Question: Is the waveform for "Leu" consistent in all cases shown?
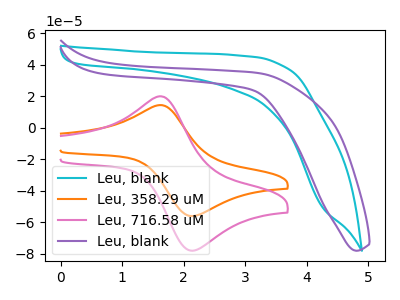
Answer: <think>The cyan curve "Leu, blank" has no peaks. The orange curve "Leu, 358.29 uM" has an anodic peak at (1.65V, 14.30uA) and a cathodic peak at (2.10V, -56.05uA). The pink curve "Leu, 716.58 uM" has an anodic peak at (1.65V, 19.90uA) and a cathodic peak at (2.10V, -77.95uA). The purple curve "Leu, blank" has no peaks.
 "Leu, blank" and "Leu, 358.29 uM" have a different number of peaks. "Leu, blank" and "Leu, 716.58 uM" have a different number of peaks. Neither "Leu, blank" or "Leu, blank" have any peaks. All the peaks in "Leu, 358.29 uM" have a peak in "Leu, 716.58 uM" at the same potential. Every peak in "Leu, 358.29 uM" is lower than every peak in "Leu, 716.58 uM". "Leu, 358.29 uM" and "Leu, blank" have a different number of peaks. "Leu, 716.58 uM" and "Leu, blank" have a different number of peaks.</think>
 <answer>All the CV's of "Leu" have similar shape.</answer>
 <eval>follow_rule</eval>